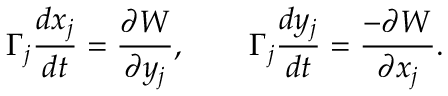
\Gamma _ { j } \frac { d x _ { j } } { d t } = \frac { \partial W } { \partial y _ { j } } , \qquad \Gamma _ { j } \frac { d y _ { j } } { d t } = \frac { - \partial W } { \partial x _ { j } } .